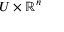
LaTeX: U \times \mathbb { R } ^ { n }